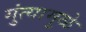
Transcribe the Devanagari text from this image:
गुंत्यामुळे